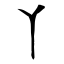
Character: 丫